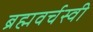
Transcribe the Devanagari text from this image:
ब्रह्मवर्चस्वी